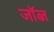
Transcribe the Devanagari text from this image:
जॉब्ज